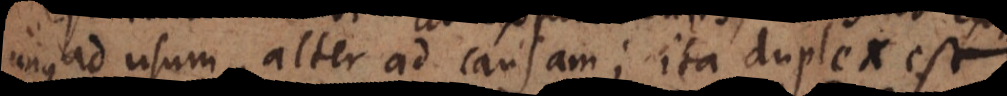
ad usum, alter ad causam; ita duplex